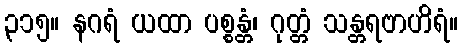
၃၁၅။ နဂရံ ယထာ ပစ္စန္တံ၊ ဂုတ္တံ သန္တရဗာဟိရံ။